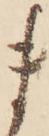
ま